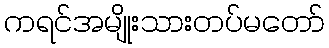
ကရင်အမျိုးသားတပ်မတော်